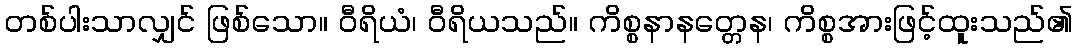
တစ်ပါးသာလျှင် ဖြစ်သော။ ဝီရိယံ၊ ဝီရိယသည်။ ကိစ္စနာနတ္တေန၊ ကိစ္စအားဖြင့်ထူးသည်၏